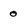
Character: 0